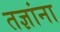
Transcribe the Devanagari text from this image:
तज्ञांना